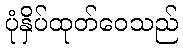
ပုံနှိပ်ထုတ်ဝေသည်